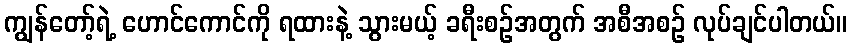
ကျွန်တော့်ရဲ့ ဟောင်ကောင်ကို ရထားနဲ့ သွားမယ့် ခရီးစဉ်အတွက် အစီအစဉ် လုပ်ချင်ပါတယ်။